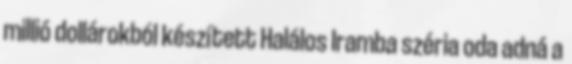
millió dollárokból készített Halálos Iramba széria oda adná a